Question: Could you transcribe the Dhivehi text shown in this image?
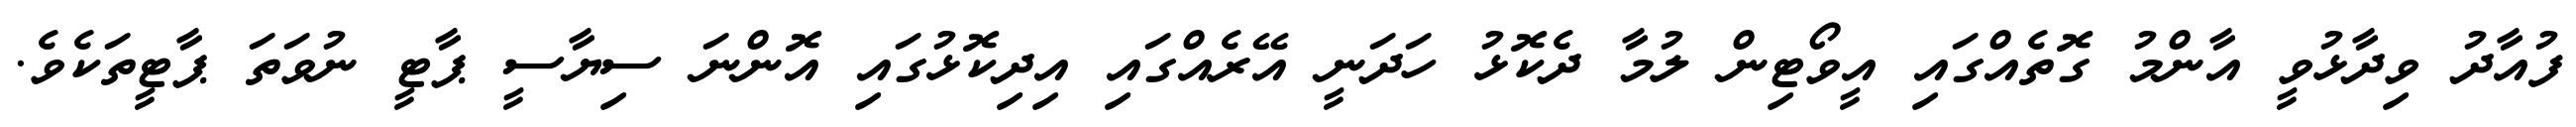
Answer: ފުއާދު ވިދާޅުވީ އާންމު ގޮތެއްގައި އީވޯޓިން ލުމާ ދެކޮޅު ހަދަނީ އޭރެއްގައި އިދިކޮޅުގައި އޮންނަ ސިޔާސީ ޕާޓީ ނުވަތަ ޕާޓީތަކެވެ.